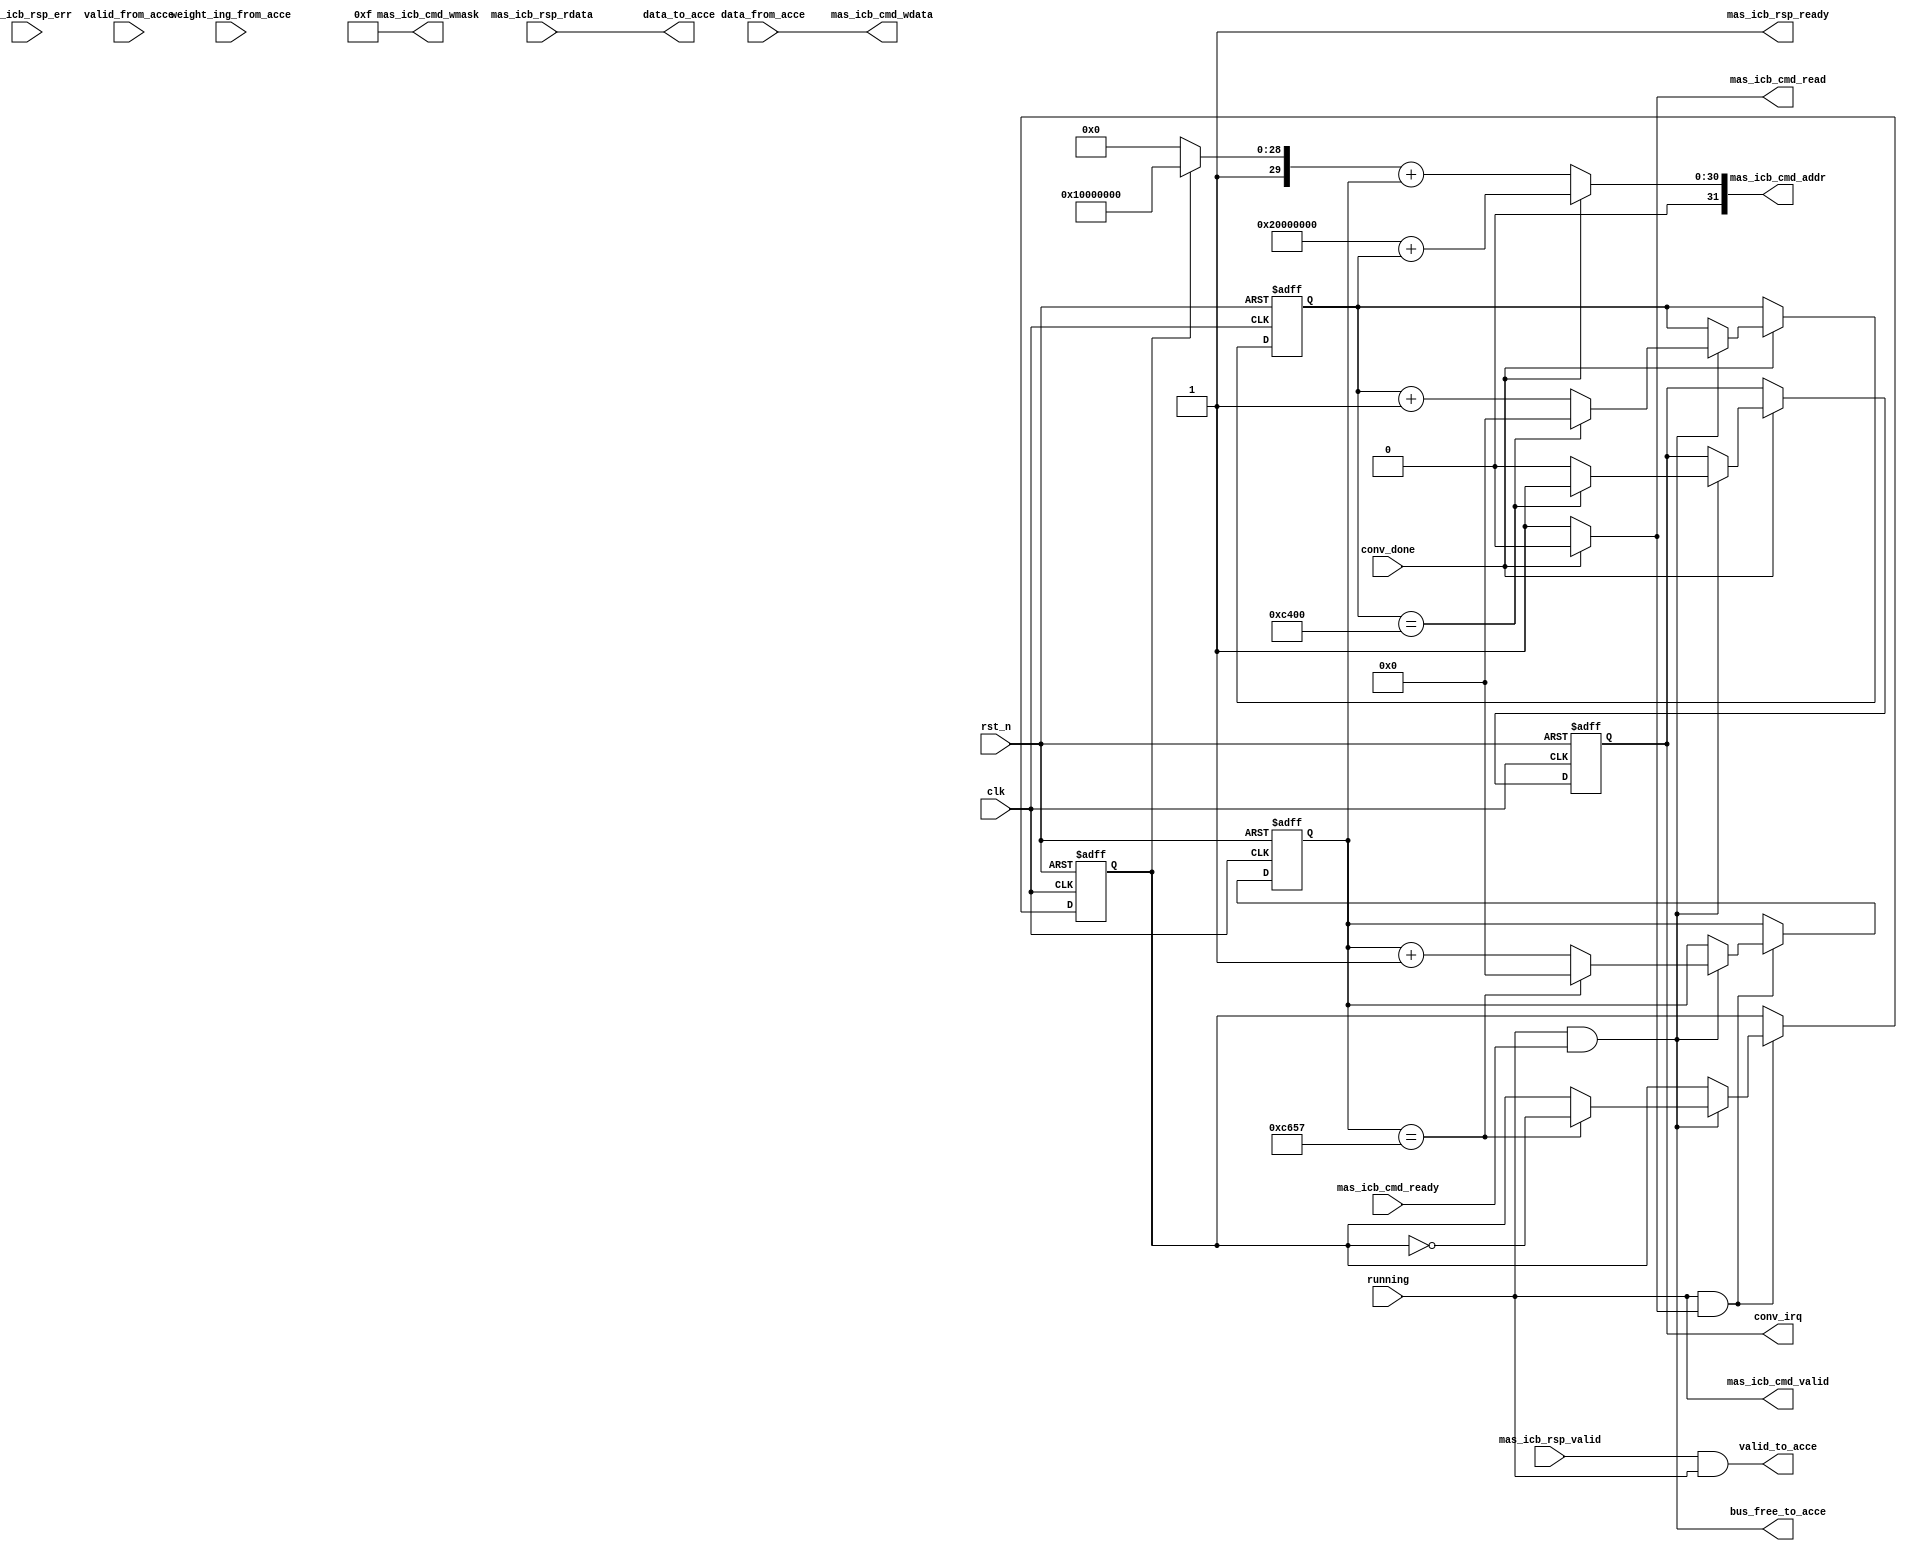
module icb_ctrl_mas(
	input 			clk ,
	input			rst_n ,
	input			running ,
	// icb port
	output			mas_icb_cmd_valid ,
	input			mas_icb_cmd_ready ,
	output [31:0]	mas_icb_cmd_addr  ,
	output			mas_icb_cmd_read  ,
	output [31:0]	mas_icb_cmd_wdata ,
	output [3:0]	mas_icb_cmd_wmask ,
	output			mas_icb_rsp_ready ,
	input			mas_icb_rsp_valid ,
	input [31:0]	mas_icb_rsp_rdata ,
	input			mas_icb_rsp_err   ,
	// accelator port
	output			valid_to_acce ,
	output [31:0]	data_to_acce  ,
	output 			bus_free_to_acce ,
	
	input 			weight_ing_from_acce ,
	input  [31:0] 	data_from_acce ,
	input 			valid_from_acce ,
	input			conv_done,

	output reg      conv_irq
	
);

	//reg conv_irq;
	localparam [31:0] SRAM1_BASE = 32'h2000_0000;
	localparam [31:0] SRAM2_BASE = 32'h3000_0000;
	localparam [31:0] WRITE_BASE = 32'h2000_0000;
	localparam [15:0] MAX_READ_ADDR = 16'hC657;
	localparam [15:0] MAX_WRITE_ADDR = 16'hC400;    //16'hC3FF+1
	
	reg  [15:0] read_addr_offset ;
	wire [31:0] read_addr_base ;
	wire [31:0] read_addr ;
	reg  [15:0] write_addr_offset ;
	wire [31:0] write_addr_base ;
	wire [31:0] write_addr ;
	
	reg read_sram_select ;
	
	wire mas_icb_cmd_shakehand ;
	
	assign valid_to_acce = mas_icb_rsp_valid && running ;
	assign data_to_acce = mas_icb_rsp_rdata ;
	assign bus_free_to_acce = mas_icb_cmd_shakehand ;
	
	assign mas_icb_cmd_wdata = data_from_acce ;
	assign mas_icb_cmd_wmask = 4'b1111 ;
	
	
	
	assign mas_icb_cmd_shakehand = mas_icb_cmd_valid && mas_icb_cmd_ready ;
	
	assign mas_icb_cmd_read = (conv_done == 1'b1)? 1'b0 : 1'b1 ;
	assign mas_icb_cmd_valid = running ;
	
	assign mas_icb_rsp_ready = 1'b1 ;
	
	// read
	
	assign read_addr_base = (read_sram_select==1'b0)? SRAM1_BASE : SRAM2_BASE ;
	assign read_addr = read_addr_base + read_addr_offset ;
	
	always@(posedge clk or negedge rst_n)
	begin
		if(!rst_n)
			begin
				read_addr_offset <= 16'h0000 ;
				read_sram_select <= 1'b0 ;
			end
		else
			begin
				if(running && mas_icb_cmd_read)
					begin
						if(mas_icb_cmd_shakehand)
							begin
								if(read_addr_offset == MAX_READ_ADDR)
									begin
										read_addr_offset <= 16'h0 ;
										read_sram_select <= ~read_sram_select ;
									end
								else
									begin
									        //$display("***********************successful!!!***************************");
                                                                          	read_addr_offset <= read_addr_offset + 1 ;
										read_sram_select <= read_sram_select ;
									end
							end
						else
							begin
								read_addr_offset <= read_addr_offset ;
								read_sram_select <= read_sram_select ;
							end
					end
				else
					begin
						read_addr_offset <= read_addr_offset ;
						read_sram_select <= read_sram_select ;
					end
					
			end
	end
	
	
	
	
	// write
	assign write_addr_base = WRITE_BASE ;
	assign write_addr = write_addr_base + write_addr_offset ;
	
	always@(posedge clk or negedge rst_n)
	begin
		if(!rst_n)
		  begin
			write_addr_offset <= 16'h0000 ;
			conv_irq <= 1'b0;
		  end
		else
			begin
				if(mas_icb_cmd_read == 1'b0)
					begin
						if(mas_icb_cmd_shakehand)
							begin
								if(write_addr_offset == MAX_WRITE_ADDR)
								  begin
									write_addr_offset <= 16'h0 ;
									conv_irq <= 1'b1;
                                                                        //$display("************conv_irq****************");
								  end
								else
                                                                  begin
									write_addr_offset <= write_addr_offset + 1 ;
                                                                        conv_irq <= 1'b0;
                                                                  end
							end
						else
							write_addr_offset <= write_addr_offset ;
					end
				else
					write_addr_offset <= write_addr_offset ;
			end
	end
	
	assign mas_icb_cmd_addr = (conv_done == 1'b1)? write_addr : read_addr;
	
endmodule